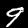
Digit: 9